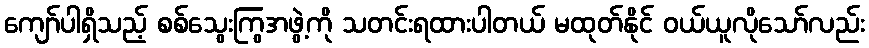
ကျော်ပါရှိသည့် စစ်သွေးကြွအဖွဲ့ကို သတင်းရထားပါတယ် မထုတ်နိုင် ဝယ်ယူလိုသော်လည်း